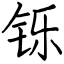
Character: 铄